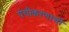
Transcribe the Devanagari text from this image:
पंचीकरणाची